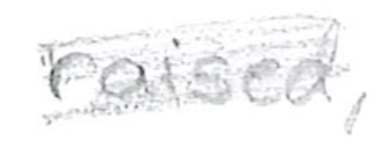
Text: raised,
Cross-out: scratch
Writing tool: pencil